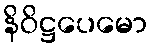
နိဝိဋ္ဌပေမော